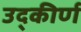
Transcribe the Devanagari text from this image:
उद्कीर्ण